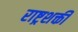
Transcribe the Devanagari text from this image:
राष्ट्रशक्ती